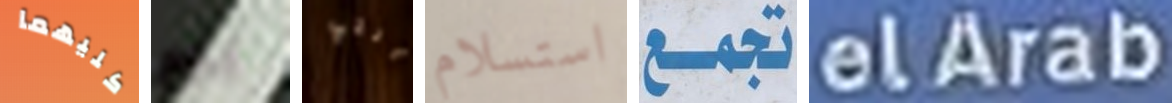
كليهما يوم التي استسلام تجمع elArab